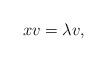
LaTeX: \begin{align*} xv=\lambda v , \end{align*}